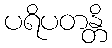
ပရိပတန္တိ